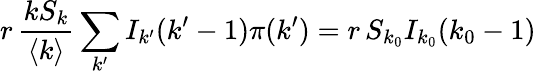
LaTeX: r\, \frac{kS_{k}}{\langle k\rangle}\sum_{k^{\prime}}I_{k^{\prime}}(k^{\prime}-1)\pi(k^{\prime})=r\, S_{k_{0}}I_{k_{0}}(k_{0}-1)